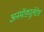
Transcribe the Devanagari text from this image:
अनमॉड्यूलेटेड